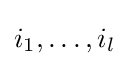
i_{1},\dots ,i_{l}